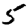
Digit: 5